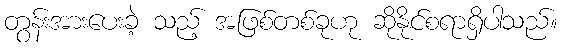
တွန်းအားပေးခဲ့ သည့် အဖြစ်တစ်ခုဟု ဆိုနိုင်စရာရှိပါသည်။